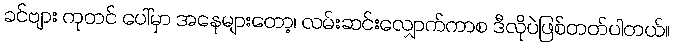
ခင်ဗျား ကုတင် ပေါ်မှာ အနေများတော့၊ လမ်းဆင်းလျှောက်ကာစ ဒီလိုပဲဖြစ်တတ်ပါတယ်။